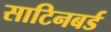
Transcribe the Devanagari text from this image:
साटिनबर्ड